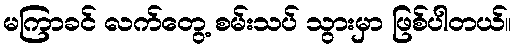
မကြာခင် လက်တွေ့ စမ်းသပ် သွားမှာ ဖြစ်ပါတယ်။